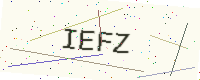
Text: IEFZ